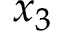
x _ { 3 }